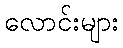
လောင်းများ